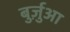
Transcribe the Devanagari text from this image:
बुर्ज़ुआ